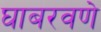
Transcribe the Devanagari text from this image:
घाबरवणे